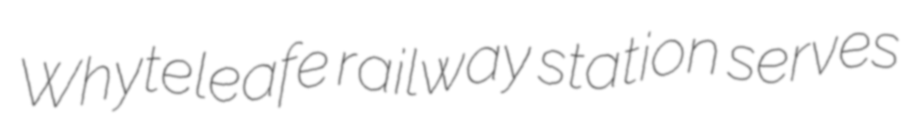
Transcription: Whyteleafe railway station serves